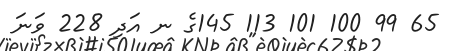
65 99 100 101 113 145ގެ ނ އަދި 228 ވަނަ